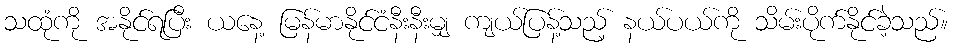
သထုံကို အနိုင်ရပြီး ယနေ့ မြန်မာနိုင်ငံနီးနီးမျှ ကျယ်ပြန့်သည့် နယ်ပယ်ကို သိမ်းပိုက်နိုင်ခဲ့သည်။